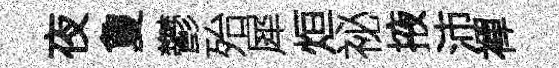
夜夐鬱殆犀烜祕掖沛襌